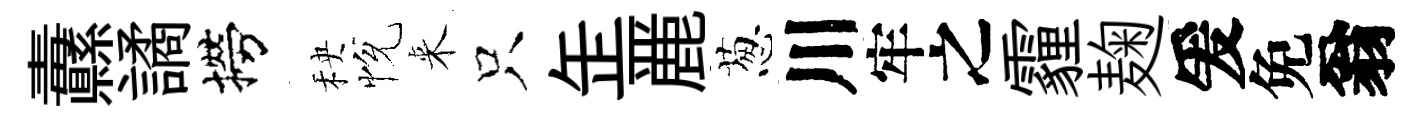
纛譎撈秧恱来只𦈢䴡葱川牢之霾麹爰免翁